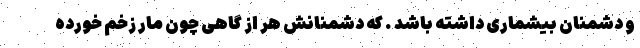
و دشمنان بیشماری داشته باشد . که دشمنانش هر از گاهی چون مار زخم خورده